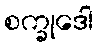
စက္ခုဒေါ